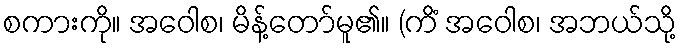
စကားကို။ အဝေါစ၊ မိန့်တော်မူ၏။ (ကိံ အဝေါစ၊ အဘယ်သို့